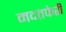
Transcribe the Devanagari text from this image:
मदतफेरी